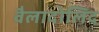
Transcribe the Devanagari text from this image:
वैलादोलिद